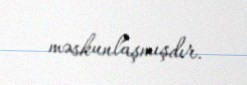
məskunlaşmışdır.